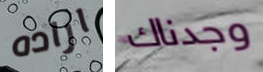
اراده وجدناك